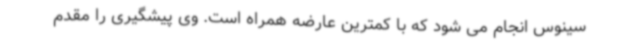
سینوس انجام می شود که با کمترین عارضه همراه است. وی پیشگیری را مقدم